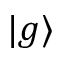
| g \rangle